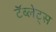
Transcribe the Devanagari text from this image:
टॅब्लेट्‍स